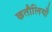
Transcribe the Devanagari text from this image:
छतौलियाँ